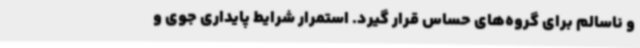
و ناسالم برای گروه‌های حساس قرار گیرد. استمرار شرایط پایداری جوی و